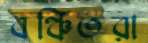
বঞ্চিতরা